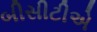
બીસીટીએ